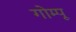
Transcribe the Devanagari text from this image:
गोम्‍पू